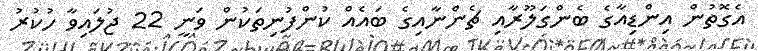
އެގޮތުން އިންޑިއާގެ ބެންގަލޫރާއި ޗެންނާއިގެ ބައެއް ކުންފުނިތަކުން ވަނީ 22 ޖުލައިވާ ހުކުރު